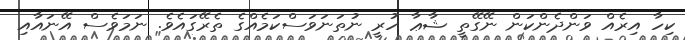
ކިހާ އިރެއް ވަންދެންކަން ނޭގޭތީ ޝާޢާ ހުރީ ނުތަނަވަސްކަމެއްގެ ތެރޭގައެވެ. ނަމަވެސް އޭނައާއި